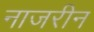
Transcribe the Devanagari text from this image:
नाजरीन